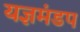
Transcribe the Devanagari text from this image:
यज्ञमंडप